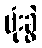
ဗုံးခွဲ